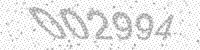
Solution: 002994